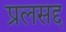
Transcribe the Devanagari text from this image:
प्रलसद्द